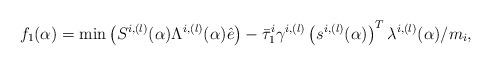
LaTeX: \begin{align*}f_1(\alpha)=\textrm{min}\left(S^{i,(l)}(\alpha)\Lambda^{i,(l)}(\alpha)\hat{e}\right)-\bar{\tau}_1^i\gamma^{i,(l)}\left(s^{i,(l)}(\alpha)\right)^T\lambda^{i,(l)}(\alpha)/m_i,\end{align*}